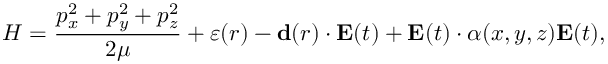
{ \cal H } = \frac { p _ { x } ^ { 2 } + p _ { y } ^ { 2 } + p _ { z } ^ { 2 } } { 2 \mu } + \varepsilon ( r ) - { \bf d } ( r ) \cdot { \bf E } ( t ) + { \bf E } ( t ) \cdot \alpha ( x , y , z ) { \bf E } ( t ) ,